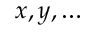
x , y , \dots